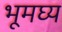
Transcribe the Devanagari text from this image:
भूमघ्य